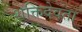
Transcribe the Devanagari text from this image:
शक्तिदेवता